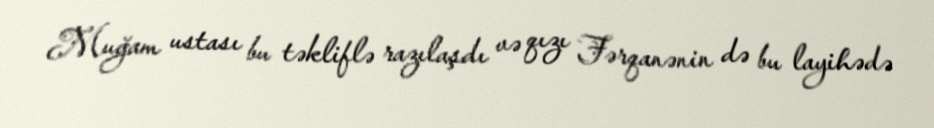
Muğam ustası bu təkliflə razılaşdı və qızı Fərqanənin də bu layihədə